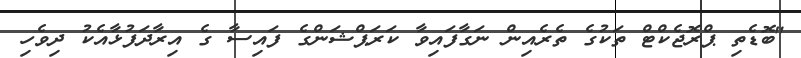
"ބޮޑެތި ޕްރޮޖެކްޓް ތަކުގެ ތެރެއިން ނަގާފައިވާ ކަރަޕްޝަންގެ ފައިސާ ގެ އިރާދަފުޅާއެކު ދިވެހި